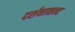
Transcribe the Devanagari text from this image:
दर्शनानन्‍द